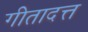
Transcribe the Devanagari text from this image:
गीतादत्त